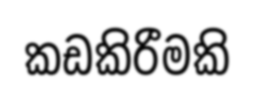
කඩකිරීමකි